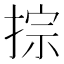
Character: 𢮱